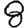
Digit: 8